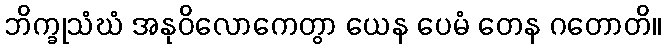
ဘိက္ခုသံဃံ အနုဝိလောကေတွာ ယေန ပေမံ တေန ဂတောတိ။